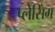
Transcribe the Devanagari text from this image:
प्लेसिंग